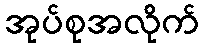
အုပ်စုအလိုက်